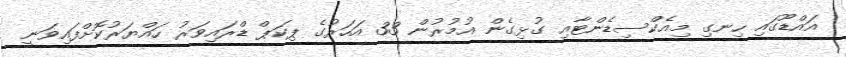
އައްޑޫގައި ހިނގި މިއެކްސިޑެންޓާއި ގުޅިގެން އުމުރުން 33 އަހަރުގެ ޕިކަޕް ޑްރައިވަރު ހައްޔަރުކޮށްފައިވަނީ